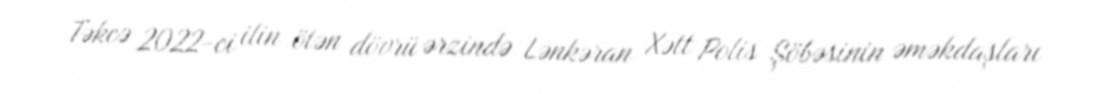
Təkcə 2022-ci ilin ötən dövrü ərzində Lənkəran Xətt Polis Şöbəsinin əməkdaşları